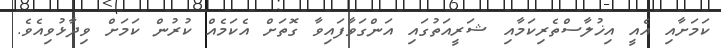
ކަމަށާއި އެއީ އިޚުލާސްތެރިކަމާއި ޝަރީއަތުގައި އަންގަވާފައިވާ ގޮތަށް އެކަމެއް ކުރުން ކަމަށް ވިދާޅުވިއެވެ.